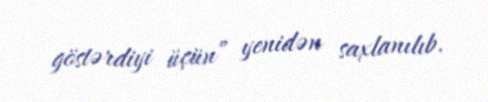
göstərdiyi üçün” yenidən saxlanılıb.